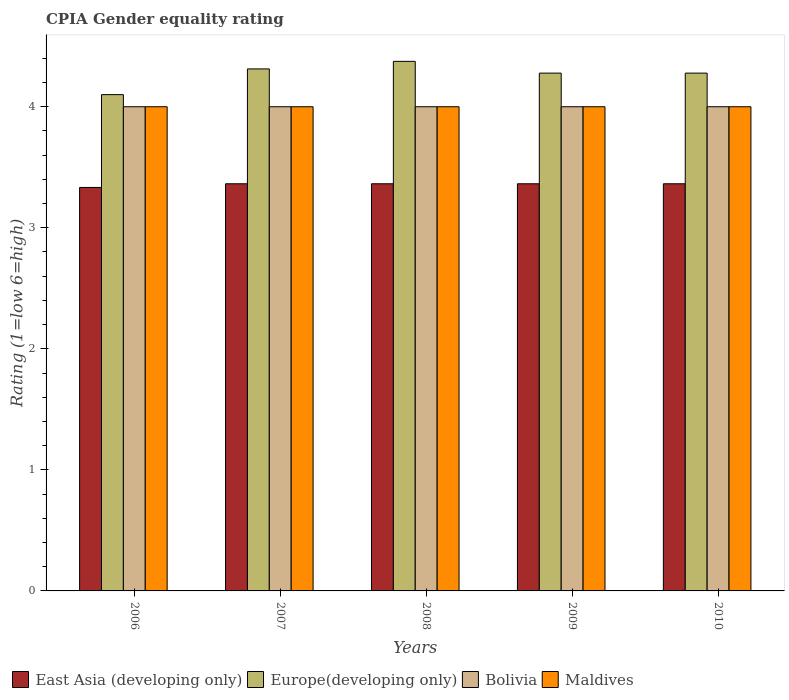
| Years | East Asia (developing only) | Europe(developing only) | Bolivia | Maldives |
 | --- | --- | --- | --- | --- |
 | 2006 | 3.33 | 4.1 | 4 | 4 |
 | 2007 | 3.36 | 4.31 | 4 | 4 |
 | 2008 | 3.36 | 4.38 | 4 | 4 |
 | 2009 | 3.36 | 4.28 | 4 | 4 |
 | 2010 | 3.36 | 4.28 | 4 | 4 |